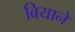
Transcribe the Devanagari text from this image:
बियाने